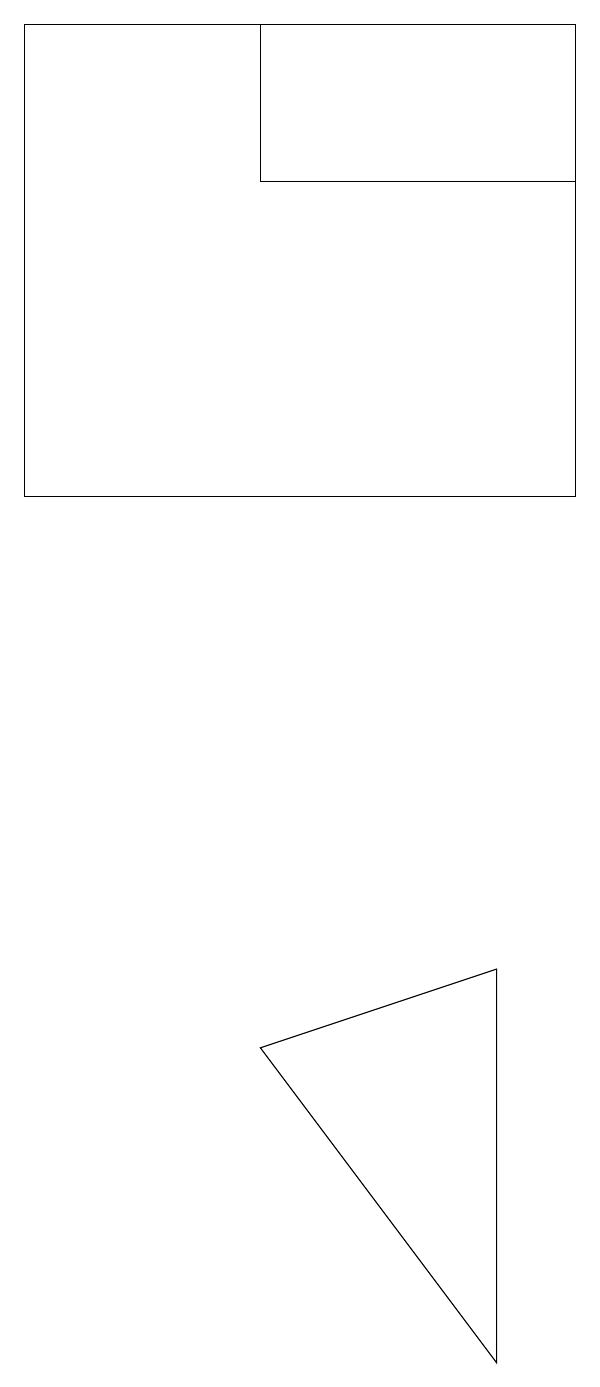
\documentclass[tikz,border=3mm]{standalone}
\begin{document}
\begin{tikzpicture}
\draw (8,1) -- (5,5) -- (8,6) -- cycle;
\draw (2,18) rectangle (9,12);
\draw (9,16) rectangle (5,18);
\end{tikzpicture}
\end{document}